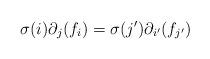
LaTeX: \begin{align*}\sigma(i)\partial_j(f_i)=\sigma(j')\partial_{i'}(f_{j'})\end{align*}